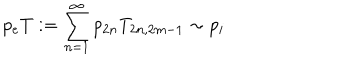
LaTeX: p _ { e } T : = \sum _ { n = 1 } ^ { \infty } p _ { 2 n } T _ { 2 n , 2 m - 1 } \sim p _ { i }